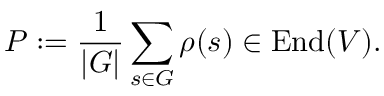
P : = { \frac { 1 } { | G | } } \sum _ { s \in G } \rho ( s ) \in { \mathrm { E n d } } ( V ) .